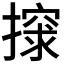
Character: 𰔨